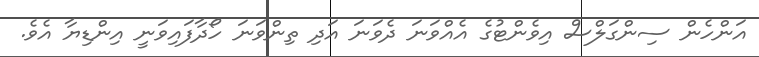
އަންހެން ސިންގަލްސް އިވެންޓުގެ އެއްވަނަ ދެވަނަ އަދި ތިންވަނަ ހޯދާފައިވަނީ އިންޑިޔާ އެވެ.